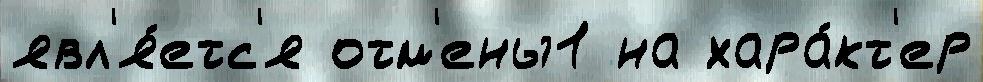
явл'я́етс'я отм'ены1 на хара́кт'ер